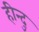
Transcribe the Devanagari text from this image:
हीन्दु